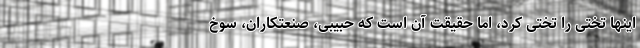
اینها تختی را تختی کرد، اما حقیقت آن است که حبیبی، صنعتکاران، سوخ